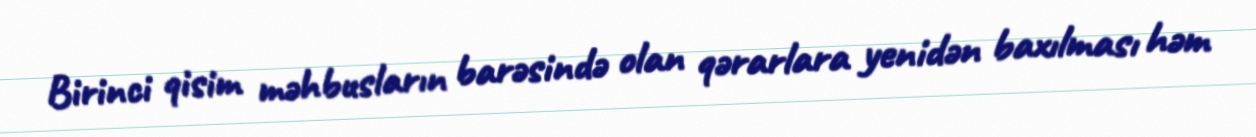
Birinci qisim məhbusların barəsində olan qərarlara yenidən baxılması həm